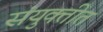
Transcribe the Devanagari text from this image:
संयुक्तीत